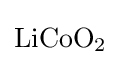
{\mathrm {LiCoO} {\vphantom {A}}_{\smash[{t}]{2}}}